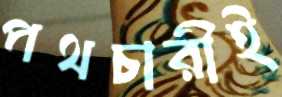
পথচারীই